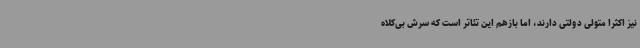
نیز اکثرا متولی دولتی دارند، اما بازهم این تئاتر است که سرش بی‌کلاه